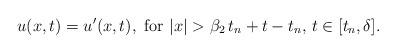
LaTeX: \begin{align*}u(x,t)=u'(x,t),\,\,{\rm for}\,\,|x|>\beta_2\,t_n+t-t_n,\,t\in [t_n,\delta].\end{align*}